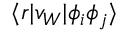
\langle r | v _ { W } | \phi _ { i } \phi _ { j } \rangle